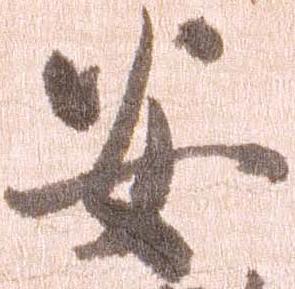
安